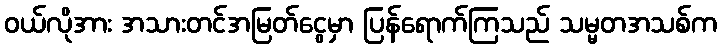
၀ယ်လိုအား အသားတင်အမြတ်ငွေမှာ ပြန်ရောက်ကြသည် သမ္မတအသစ်က